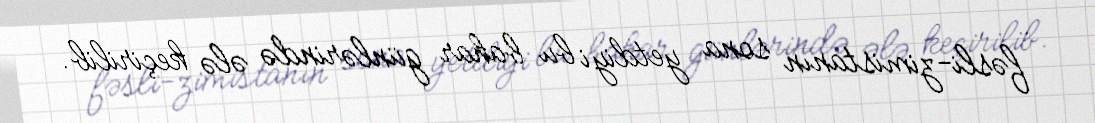
fəsli-zimistanın sona yetdiyi bu bahar günlərində ələ keçirilib.